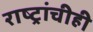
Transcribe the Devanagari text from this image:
राष्ट्रांचीही